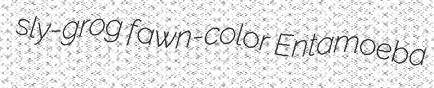
sly-grog fawn-color Entamoeba